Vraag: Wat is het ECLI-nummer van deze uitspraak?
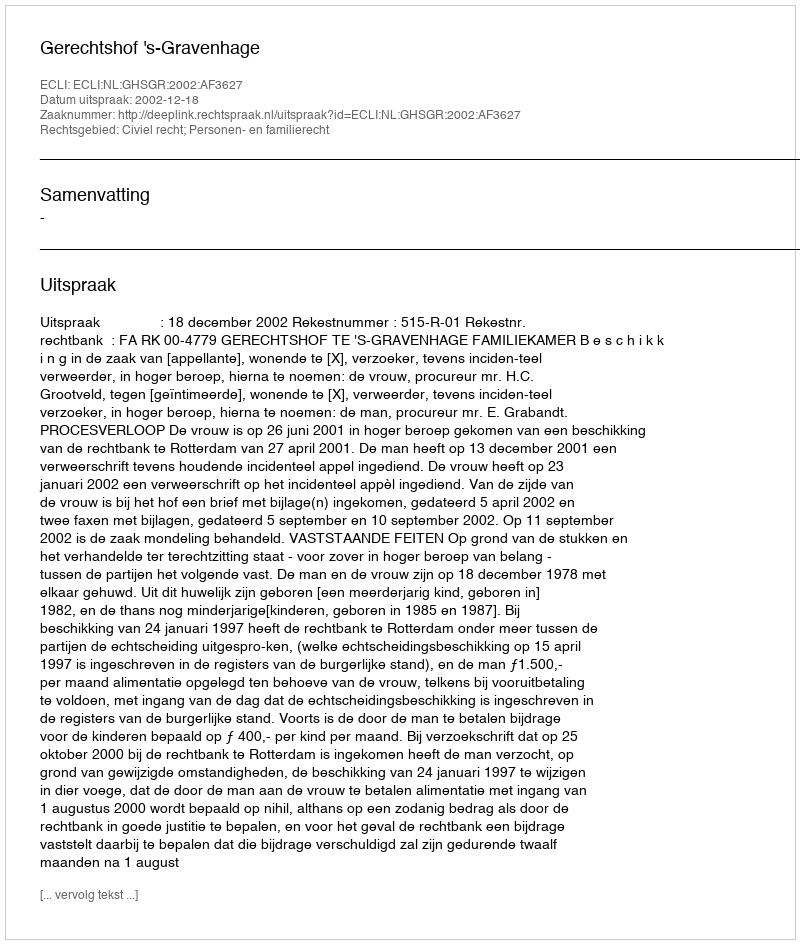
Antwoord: ECLI:NL:GHSGR:2002:AF3627